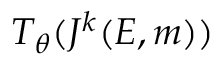
T _ { \theta } ( J ^ { k } ( E , m ) )